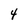
Character: 4